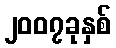
၂၀၀၇ခုနှစ်